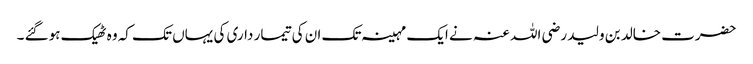
حضرت خالد بن ولید رضی اللہ عنہ نے ایک مہینہ تک ان کی تیمار داری کی یہاں تک کہ وہ ٹھیک ہوگئے ۔